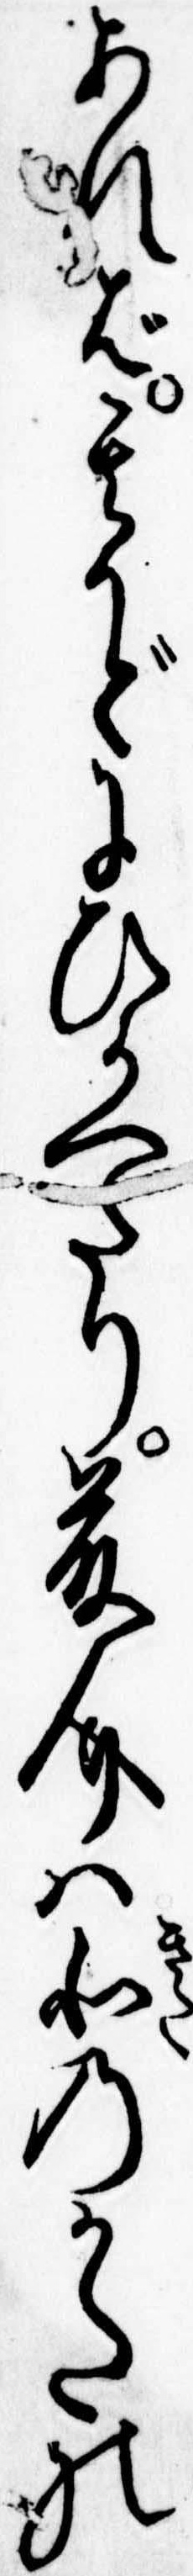
あれば其かどにひかへたり藤介は北のかたの